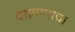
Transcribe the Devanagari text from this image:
दरामागाचा